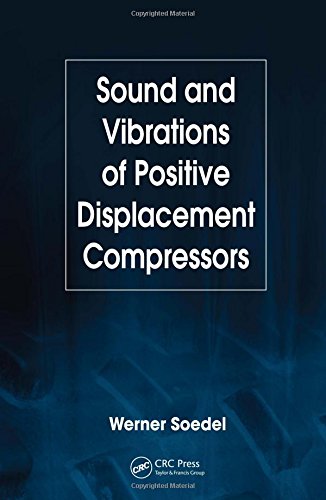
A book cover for Sound and Vibrations of Positive Displacement Compressors; Werner Soedel; Science & Math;